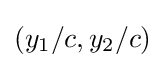
(y_{1}/c,y_{2}/c)